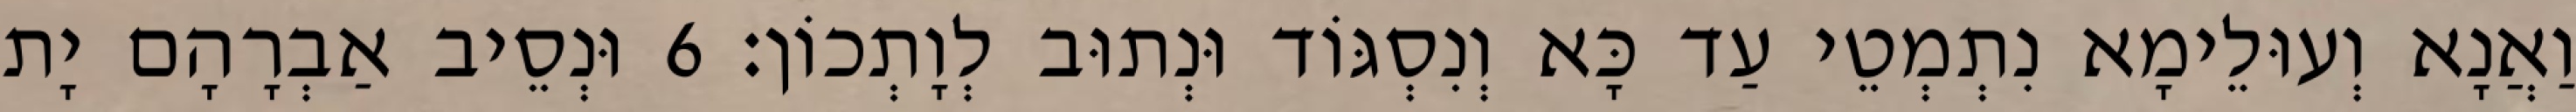
וַאֲנָא וְעוּלֵימָא נִתְמְטֵי עַד כָּא וְנִסְגּוֹד וּנְתוּב לְוָתְכוֹן׃ 6 וּנְסֵיב אַבְרָהָם יָת